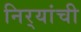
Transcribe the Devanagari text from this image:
निर्‍यांची